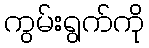
ကွမ်းရွက်ကို